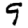
Digit: 9